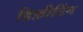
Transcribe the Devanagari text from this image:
डिफ़ीटिंग